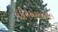
યકીનએકરારકરવામા